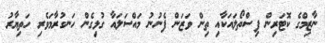
ނާޒިމްގެ ކޮޓަރިން ފިސްތޯލައަކާއި ތިން ވަޒަން ފެނުނު މައްސަލައާ ގުޅިގެން ހަނގުރާމަވެރި ހަތިޔާރު